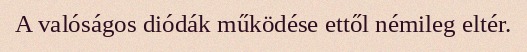
A valóságos diódák működése ettől némileg eltér.